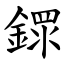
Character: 䤽